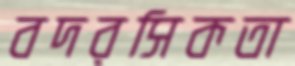
বদরসিকতা